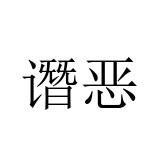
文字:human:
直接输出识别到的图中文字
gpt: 谮恶